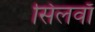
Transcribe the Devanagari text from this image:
सिलवाँ